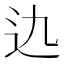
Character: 𨑍